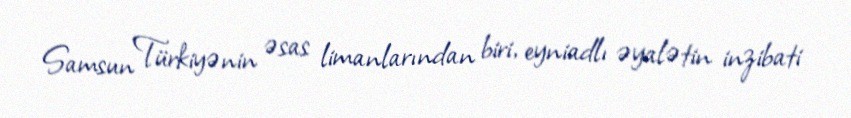
Samsun Türkiyənin əsas limanlarından biri, eyniadlı əyalətin inzibati